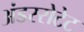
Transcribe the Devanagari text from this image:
अंडररोटेट